Civil Veterinary Department. Central Provinces & Berar 1925-31 - 1925-1931
Year: 1925
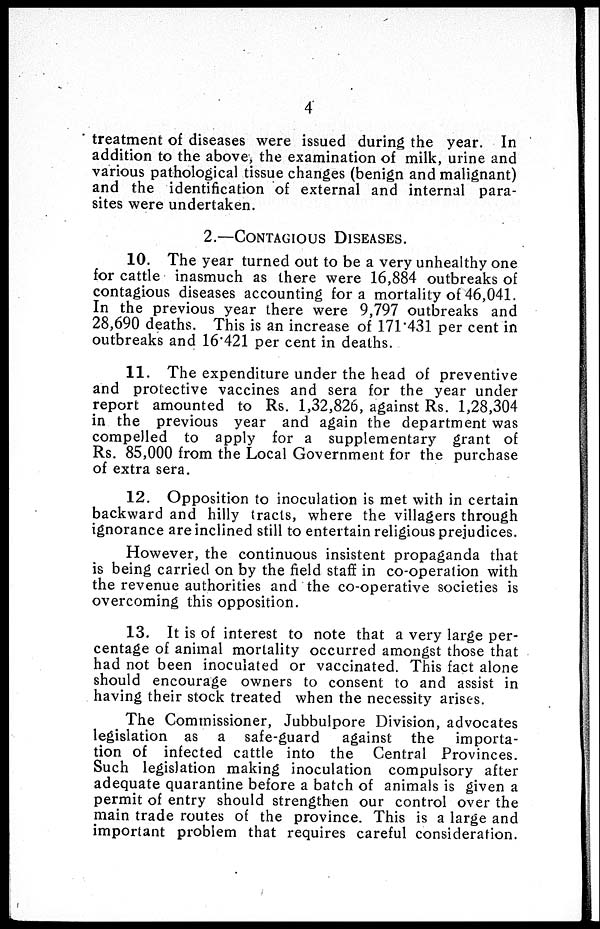
4
treatment of diseases were issued during the year. In
addition to the above, the examination of milk, urine and
various pathological tissue changes (benign and malignant)
and the identification of external and internal para-
sites were undertaken.
2.—CONTAGIOUS DISEASES.
10. The year turned out to be a very unhealthy one
for cattle inasmuch as there were 16,884 outbreaks of
contagious diseases accounting for a mortality of 46,041.
In the previous year there were 9,797 outbreaks and
28,690 deaths. This is an increase of 171.431 per cent in
outbreaks and 16.421 per cent in deaths.
11. The expenditure under the head of preventive
and protective vaccines and sera for the year under
report amounted to Rs. 1,32,826, against Rs. 1,28,304
in the previous year and again the department was
compelled to apply for a supplementary grant of
Rs. 85,000 from the Local Government for the purchase
of extra sera.
12. Opposition to inoculation is met with in certain
backward and hilly tracts, where the villagers through
ignorance are inclined still to entertain religious prejudices.
However, the continuous insistent propaganda that
is being carried on by the field staff in co-operation with
the revenue authorities and the co-operative societies is
overcoming this opposition.
13. It is of interest to note that a very large per-
centage of animal mortality occurred amongst those that
had not been inoculated or vaccinated. This fact alone
should encourage owners to consent to and assist in
having their stock treated when the necessity arises.
The Commissioner, Jubbulpore Division, advocates
legislation as a safe-guard
against the
importa-
tion of infected cattle into the Central Provinces.
Such legislation making inoculation compulsory after
adequate quarantine before a batch of animals is given a
permit of entry should strengthen our control over the
main trade routes of the province. This is a large and
important problem that requires careful consideration.